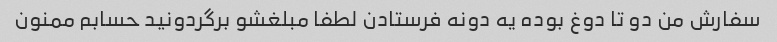
سفارش من دو تا دوغ بوده یه دونه فرستادن لطفا مبلغشو برگردونید حسابم ممنون